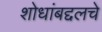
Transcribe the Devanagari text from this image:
शोधांबद्दलचे